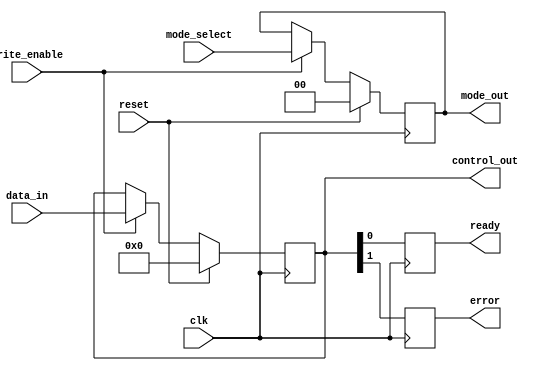
module control_register (
    input wire clk,                // Clock input
    input wire reset,              // Synchronous reset
    input wire write_enable,       // Write enable signal
    input wire [7:0] data_in,      // Data input for writing
    input wire [1:0] mode_select,   // Mode selection bits (2 bits for 4 modes)
    output reg [7:0] control_out,   // Output control register value
    output reg [1:0] mode_out,       // Output mode
    output reg ready,                // A status flag indicating readiness
    output reg error                 // A status flag for error indication
);

    // Local parameters for mode selection
    localparam MODE_NORMAL = 2'b00,
               MODE_TEST   = 2'b01,
               MODE_STANDBY = 2'b10,
               MODE_IDLE   = 2'b11;

    // Synchronous control logic
    always @(posedge clk) begin
        if (reset) begin
            // Reset all bits to default state
            control_out <= 8'b00000000; // Default value
            mode_out <= MODE_NORMAL;     // Default mode
            ready <= 1'b0;               // Ready status
            error <= 1'b0;               // No error
        end else if (write_enable) begin
            control_out <= data_in;      // Update register value on write
            mode_out <= mode_select;      // Update mode selection
        end
        
        // Additional logic for status flags
        // Example: Set 'ready' if a specific control bit is set
        ready <= control_out[0]; // Example: let's say LSB indicates ready status
        error <= control_out[1]; // Example: 2nd LSB indicates error
    end
    
endmodule